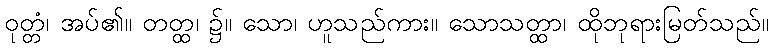
ဝုတ္တံ၊ အပ်၏။ တတ္ထ၊ ၌။ သော၊ ဟူသည်ကား။ သောသတ္ထာ၊ ထိုဘုရားမြတ်သည်။